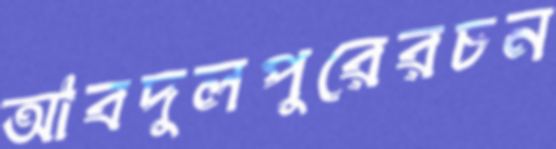
আবদুলপুরেরচন